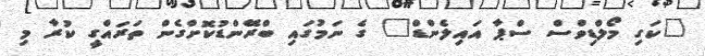
"ކަގި މޯލްޑިވްސް ސްޕާ އައިލެންޑް" ގެ ނަމުގައި ބްރޭންޑުކޮށްގެން ތަރައްގީ ކުރާ މި